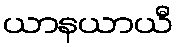
ယာနယာယီ